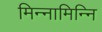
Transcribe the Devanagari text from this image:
मिन्नामिन्नि